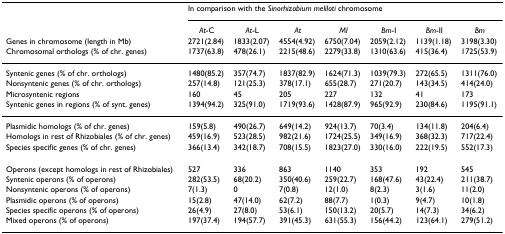
<table><thead><tr><td></td><td colspan="7"><b>In comparison with the <i>Sinorhizobium meliloti </i>chromosome</b></td></tr><tr><td></td><td><b><i>At</i>-C</b></td><td><b><i>At</i>-L</b></td><td><b><i>At</i></b></td><td><b><i>Ml</i></b></td><td><b><i>Bm</i>-I</b></td><td><b><i>Bm</i>-II</b></td><td><b><i>Bm</i></b></td></tr><tr><td><b>Genes in chromosome (length in Mb)</b></td><td><b>2721(2.84)</b></td><td><b>1833(2.07)</b></td><td><b>4554(4.92)</b></td><td><b>6750(7.04)</b></td><td><b>2059(2.12)</b></td><td><b>1139(1.18)</b></td><td><b>3198(3.30)</b></td></tr><tr><td><b>Chromosomal orthologs (% of chr. genes)</b></td><td><b>1737(63.8)</b></td><td><b>478(26.1)</b></td><td><b>2215(48.6)</b></td><td><b>2279(33.8)</b></td><td><b>1310(63.6)</b></td><td><b>415(36.4)</b></td><td><b>1725(53.9)</b></td></tr></thead><tbody><tr><td>Syntenic genes (% of chr. orthologs)</td><td>1480(85.2)</td><td>357(74.7)</td><td>1837(82.9)</td><td>1624(71.3)</td><td>1039(79.3)</td><td>272(65.5)</td><td>1311(76.0)</td></tr><tr><td>Nonsyntenic genes (% of chr. orthologs)</td><td>257(14.8)</td><td>121(25.3)</td><td>378(17.1)</td><td>655(28.7)</td><td>271(20.7)</td><td>143(34.5)</td><td>414(24.0)</td></tr><tr><td>Microsyntenic regions</td><td>160</td><td>45</td><td>205</td><td>227</td><td>132</td><td>41</td><td>173</td></tr><tr><td>Syntenic genes in regions (% of synt. genes)</td><td>1394(94.2)</td><td>325(91.0)</td><td>1719(93.6)</td><td>1428(87.9)</td><td>965(92.9)</td><td>230(84.6)</td><td>1195(91.1)</td></tr><tr><td>Plasmidic homologs (% of chr. genes)</td><td>159(5.8)</td><td>490(26.7)</td><td>649(14.2)</td><td>924(13.7)</td><td>70(3.4)</td><td>134(11.8)</td><td>204(6.4)</td></tr><tr><td>Homologs in rest of Rhizobiales (% of chr. genes)</td><td>459(16.9)</td><td>523(28.5)</td><td>982(21.6)</td><td>1724(25.5)</td><td>349(16.9)</td><td>368(32.3)</td><td>717(22.4)</td></tr><tr><td>Species specific genes (% of chr. genes)</td><td>366(13.4)</td><td>342(18.7)</td><td>708(15.5)</td><td>1823(27.0)</td><td>330(16.0)</td><td>222(19.5)</td><td>552(17.3)</td></tr><tr><td>Operons (except homologs in rest of Rhizobiales)</td><td>527</td><td>336</td><td>863</td><td>1140</td><td>353</td><td>192</td><td>545</td></tr><tr><td>Syntenic operons (% of operons)</td><td>282(53.5)</td><td>68(20.2)</td><td>350(40.6)</td><td>259(22.7)</td><td>168(47.6)</td><td>43(22.4)</td><td>211(38.7)</td></tr><tr><td>Nonsyntenic operons (% of operons)</td><td>7(1.3)</td><td>0</td><td>7(0.8)</td><td>12(1.0)</td><td>8(2.3)</td><td>3(1.6)</td><td>11(2.0)</td></tr><tr><td>Plasmidic operons (% of operons)</td><td>15(2.8)</td><td>47(14.0)</td><td>62(7.2)</td><td>88(7.7)</td><td>1(0.3)</td><td>9(4.7)</td><td>10(1.8)</td></tr><tr><td>Species specific operons (% of operons)</td><td>26(4.9)</td><td>27(8.0)</td><td>53(6.1)</td><td>150(13.2)</td><td>20(5.7)</td><td>14(7.3)</td><td>34(6.2)</td></tr><tr><td>Mixed operons (% of operons)</td><td>197(37.4)</td><td>194(57.7)</td><td>391(45.3)</td><td>631(55.3)</td><td>156(44.2)</td><td>123(64.1)</td><td>279(51.2)</td></tr></tbody></table>